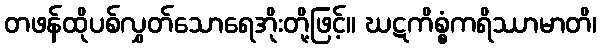
တဖန်ထိုပစ်လွှတ်သောရေအိုးတို့ဖြင့်။ ဃဋကိစ္စံကရိဿာမာတိ၊